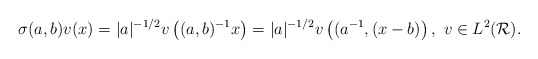
\begin{align*}\sigma(a,b)v(x)=|a|^{-1/2}v\left((a,b)^{-1}x\right)=|a|^{-1/2}v\left((a^{-1},(x-b)\right),\ v\in L^2(\mathcal{R}).\end{align*}